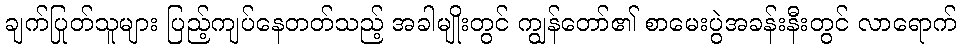
ချက်ပြုတ်သူများ ပြည့်ကျပ်နေတတ်သည့် အခါမျိုးတွင် ကျွန်တော်၏ စာမေးပွဲအခန်းနီးတွင် လာရောက်